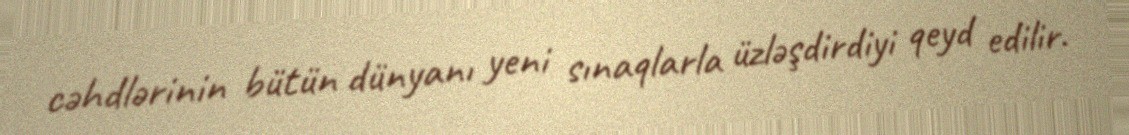
cəhdlərinin bütün dünyanı yeni sınaqlarla üzləşdirdiyi qeyd edilir.